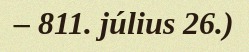
– 811. július 26.)